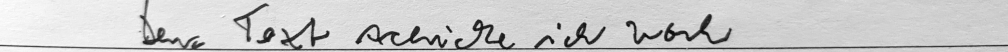
Den Text schicke ich nach